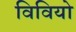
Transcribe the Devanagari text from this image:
विवियो